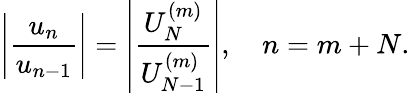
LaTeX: \left|\frac{u_{n}}{u_{n-1}}\right|=\left|\frac{U_{N}^{(m)}}{U_{N-1}^{(m)}}\right|,\quad n=m+N.